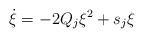
LaTeX: \begin{align*}\dot{\xi} = -2Q_j \xi^2 + s_j \xi\end{align*}